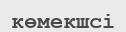
көмекшсі